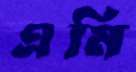
এমি